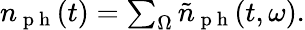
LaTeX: \begin{array}{r}{n_{\mathrm{~p~h~}}(t)=\sum_{\Omega}\tilde{n}_{\mathrm{~p~h~}}(t,\omega).}\end{array}